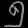
Digit: ၅